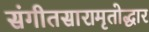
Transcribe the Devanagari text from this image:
संगीतसारामृतोद्धार